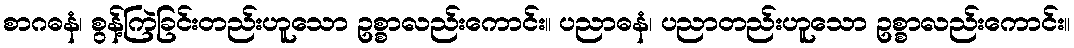
စာဂဓနံ၊ စွန့်ကြဲခြင်းတည်းဟူသော ဥစ္စာလည်းကောင်း။ ပညာဓနံ၊ ပညာတည်းဟူသော ဥစ္စာလည်းကောင်း။